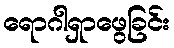
ရောဂါရှာဖွေခြင်း